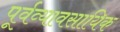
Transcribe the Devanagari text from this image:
पूर्वव्यावसायिक